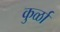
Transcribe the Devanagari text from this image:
कुर्ळा